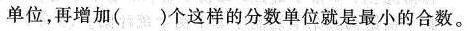
单位，再增加()个这样的分数单位就是最小的合数。